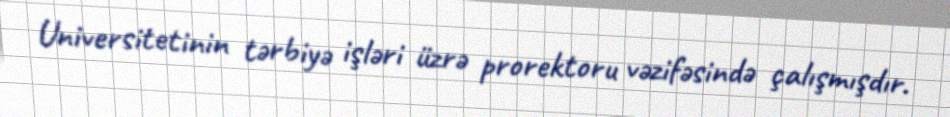
Universitetinin tərbiyə işləri üzrə prorektoru vəzifəsində çalışmışdır.